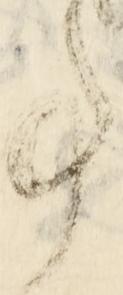
事